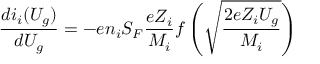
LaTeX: { \frac { d i _ { i } ( U _ { g } ) } { d U _ { g } } } = - e n _ { i } S _ { F } { \frac { e Z _ { i } } { M _ { i } } } f \left( { \sqrt { \frac { 2 e Z _ { i } U _ { g } } { M _ { i } } } } \right)